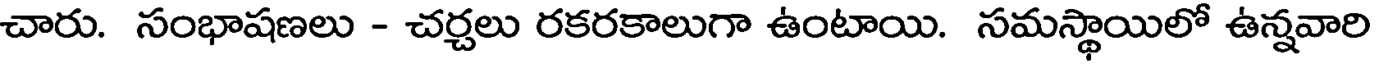
చారు. సంభాషణలు - చర్చలు రకరకాలుగా ఉంటాయి. సమస్థాయిలో ఉన్నవారి